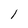
Character: 1